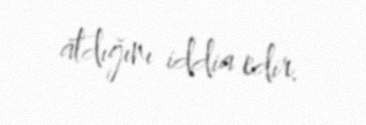
atdığını iddia edir.